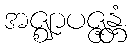
အဇ္ဈာပဇ္ဇန္တံ